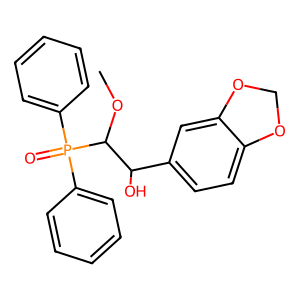
SMILES: COC(C(O)c1ccc2c(c1)OCO2)P(=O)(c1ccccc1)c1ccccc1
Inhibits HIV replication: No